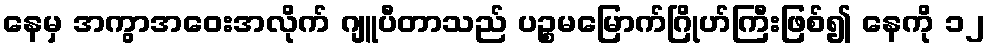
နေမှ အကွာအဝေးအလိုက် ဂျူပီတာသည် ပဉ္စမမြောက်ဂြိုဟ်ကြီးဖြစ်၍ နေကို ၁၂